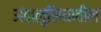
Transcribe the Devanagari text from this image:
अंदालुसियातील